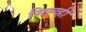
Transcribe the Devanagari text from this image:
सिल्व्ही